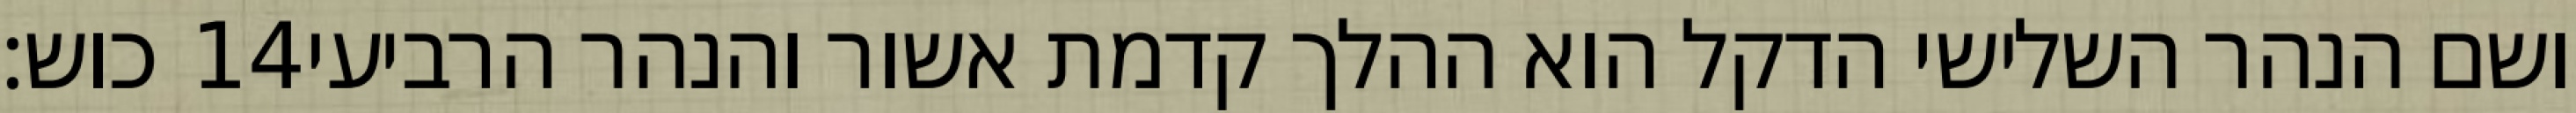
כוש׃ ‎14‏ ושם הנהר השלישי הדקל הוא ההלך קדמת אשור והנהר הרביעי